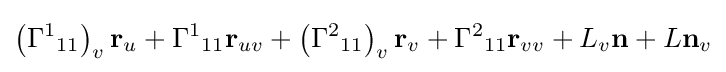
\left({\Gamma ^{1}}_{11}\right)_{v}\mathbf {r} _{u}+{\Gamma ^{1}}_{11}\mathbf {r} _{uv}+\left({\Gamma ^{2}}_{11}\right)_{v}\mathbf {r} _{v}+{\Gamma ^{2}}_{11}\mathbf {r} _{vv}+L_{v}\mathbf {n} +L\mathbf {n} _{v}